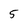
Character: 5